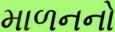
માળનનો